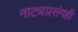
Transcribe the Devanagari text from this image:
नाट्यप्रसंगही